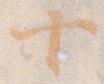
十